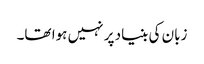
زبان کی بنیاد پر نہیں ہوا تھا۔